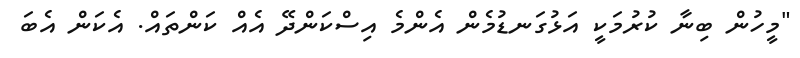
"މީހުން ބިނާ ކުރުމަކީ އަޅުގަނޑުމެން އެންމެ އިސްކަންދޭ އެއް ކަންތައް. އެކަން އެބަ